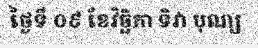
ថ្ងៃទី ០៩ ខែវិច្ឆិកា ទិវា បុណ្យ